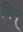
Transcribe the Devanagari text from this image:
यिन्